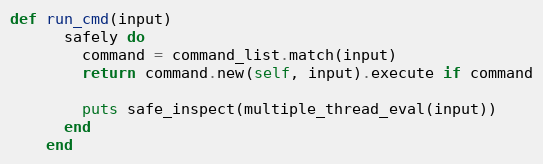
Language: Ruby
def run_cmd(input)
      safely do
        command = command_list.match(input)
        return command.new(self, input).execute if command

        puts safe_inspect(multiple_thread_eval(input))
      end
    end